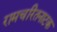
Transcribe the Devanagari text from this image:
रामचरितनाटक